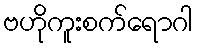
ဗဟိုကူးစက်ရောဂါ